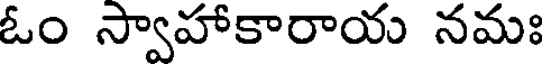
ఓం స్వాహాకారాయ నమః